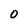
Character: 0